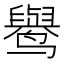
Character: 𱊭